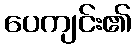
ပေကျင်း၏